Lunatic asylums Madras 1892-1911 - 1892-1911
Year: 1892
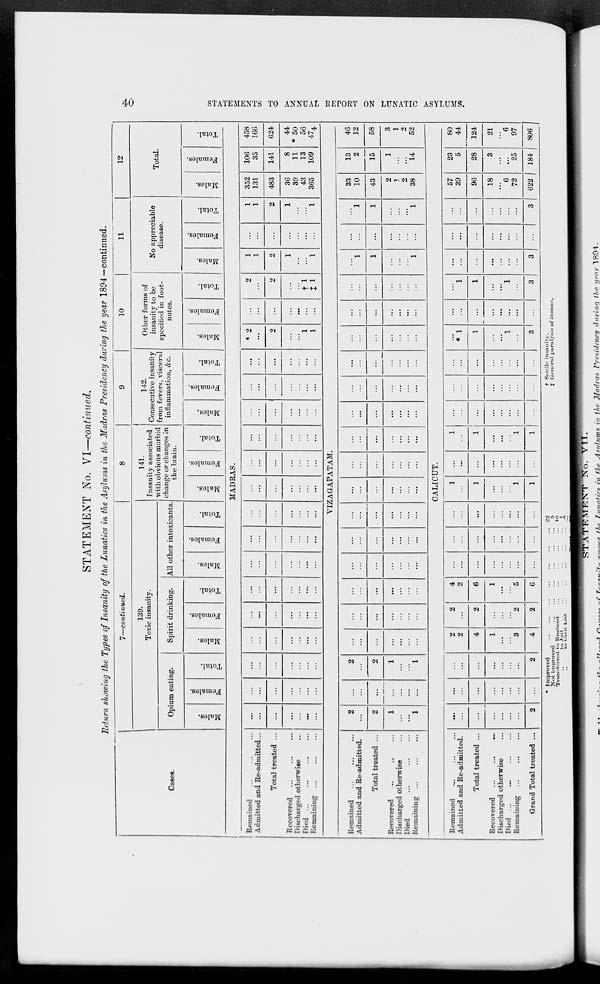
40
STATEMENTS TO ANNUAL REPORT ON LUNATIC ASYLUMS.
STATEMENT No. VI—continued.
Return showing the Types of Insanity of the Lunatics in the Asylums in the Madras Presidency during the year 1894—continued.
Cases.
7—continued.
139.
Toxic insanity.
Opium eating.
Males.
Females.
Total.
Spirit drinking.
Males.
Females.
Total.
All other intoxicants
Males.
Females.
Total.
8
141.
Insanity associated
with obvious morbid
change or changes in
the brain.
Males.
Females.
Total.
9
142.
Consecutive insanity
from fevers, visceral
inflammation, &c.
Males.
Females.
Total.
10
Other forms of
insanity to be
specified in foot-
notes.
Males.
Females.
Total.
11
No appreciable
disease.
Males.
Females.
Total.
12
Total.
Males.
Females.
Total.
MADRAS.
Remained ... ... ...
Admitted and Re-admitted ...
Total treated ...
Recovered ... ... ...
Discharged otherwise ...
Died
...
...
...
...
Remaining ... ... ...
...
...
...
...
...
...
...
...
...
...
...
...
...
...
...
...
...
...
...
...
...
...
...
...
...
...
...
...
...
...
...
...
...
...
...
...
...
...
...
...
...
...
...
...
...
...
...
...
...
...
...
...
...
...
...
...
...
...
...
...
...
...
...
...
...
...
...
...
...
...
...
...
...
...
...
...
...
...
...
...
...
...
...
...
...
...
...
...
...
...
...
...
...
...
...
...
...
...
...
...
...
...
...
...
...
* 2
...
2
...
...
1
1
...
...
...
...
...
...
...
2
...
2
...
...
† 1
‡1
1
1
2
1
...
1
...
...
...
...
...
...
...
1
1
2
1
...
...
1
352
131
483
36
39
43
365
106
35
141
8
11
13
109
458
166
624
44
* 50
56
474
VIZAGAPATAM.
Remained ... ... ...
Admitted and Re-admitted.
Total treated ...
Recovered ... ... ...
Discharged otherwise ...
Died
...
...
...
Remaining ... ... ...
2
...
2
1
...
...
1
...
...
...
...
...
...
...
2
...
2
1
...
...
1
...
...
...
...
...
...
...
...
...
...
...
...
...
...
...
...
...
...
...
...
...
...
...
...
...
...
...
...
...
...
...
...
...
...
...
...
...
...
...
...
...
...
...
...
...
...
...
...
...
...
...
...
...
...
...
...
...
...
...
...
...
...
...
...
...
...
...
...
...
...
...
...
...
...
...
...
...
...
...
...
...
...
...
...
...
...
...
...
...
...
...
...
...
...
...
...
...
...
...
...
...
...
...
...
...
...
1
1
...
...
...
1
...
...
...
...
...
...
...
...
1
1
...
...
...
1
33
10
43
2
1
2
38
13
2
15
1
...
...
14
46
12
58
3
1
2
52
CALICUT.
Remained ... ... ...
Admitted and Re-admitted.
Total treated ...
Recovered ... ... ...
Discharged otherwise ...
Died
...
...
...
Remaining ... ... ...
Grand Total treated ...
...
...
...
...
...
...
2
...
...
...
...
...
...
...
...
...
...
...
...
...
...
...
2
2
2
4
1
...
...
3
4
2
...
2
...
...
...
2
2
4
2
6
1
...
...
5
6
...
...
...
...
...
...
...
...
...
...
...
...
...
...
...
...
...
...
...
...
...
...
...
...
1
...
1
...
...
...
1
1
...
...
...
...
...
...
...
...
1
...
1
...
...
...
1
1
...
...
...
...
...
...
...
...
...
...
...
...
...
...
...
...
...
...
...
...
...
...
...
...
* 1
1
...
...
1
...
3
...
...
...
...
...
...
...
...
...
1
1
...
...
1
...
3
...
...
...
...
...
...
...
3
...
...
...
...
...
...
...
...
...
...
...
...
...
...
...
3
57
39
96
18
...
6
72
622
23
5
28
3
...
...
25
184
80
44
124
21
...
6
97
806
* Improved ... ... ... ... ... ... ...
Not improved ... ... ... ... ... ...
Transferred to England ... ... ... ... ...
„ to Jail ... ... ... ... ... ...
„
to
Civil
List ... ... ... ... ...
22
5
16
1
6
50
† Senile insanity.
‡ General paralysis of insane.